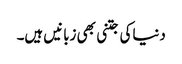
دنیاکی جتنی بھی زبانیں ہیں۔